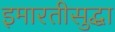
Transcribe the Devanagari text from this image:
इमारतीसुद्धा